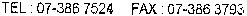
TEL : 07-386 7524 FAX : 07-386 3793